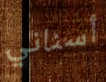
أسناني